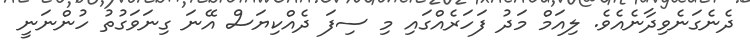
ދެނެގަނެވިދާނެއެވެ. ލިއަމް މަދު ފަހަރެއްގައި މި ސިފަ ދެއްކިޔަސް އޭނަ ގިނަވަގުތު ހުންނަނީ